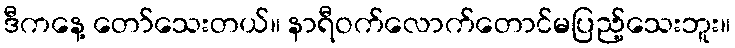
ဒီကနေ့ တော်သေးတယ်။ နာရီဝက်လောက်တောင်မပြည့်သေးဘူး။